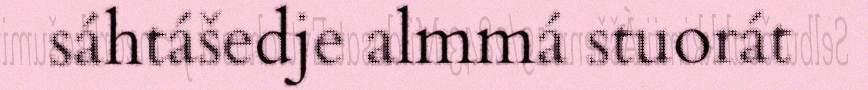
sáhtášedje almmá stuorát